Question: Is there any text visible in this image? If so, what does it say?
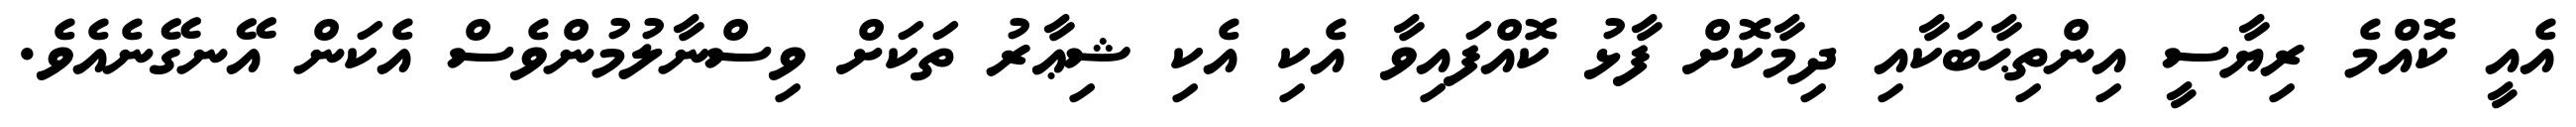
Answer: އެއީ ކޮއްމެ ރިޔާސީ އިންތިޙާބަކާއި ދިމާކޮށް ފާޅު ކޮއްފައިވާ އެކި އެކި ޝިޢާރު ތަކަށް ވިސްނާލުމުންވެސް އެކަން އޭނގޭނެއެވެ.